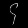
Digit: ၄